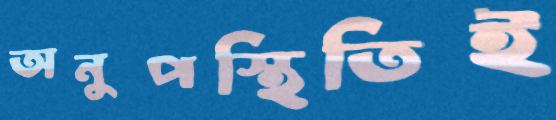
অনুপস্থিতিই